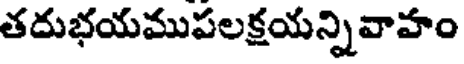
తదుభయముపలక్షయన్నివాహం